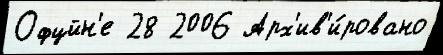
Офцйн'е 28 2006 Арх'ив'и́ровано